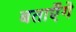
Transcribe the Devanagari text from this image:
बताएँगे